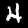
Digit: 4